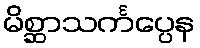
မိစ္ဆာသင်္ကပ္ပေန